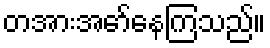
တအားအော်နေကြသည်။